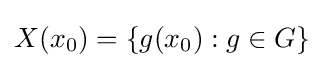
X(x_{0})=\{g(x_{0}):g\in G\}